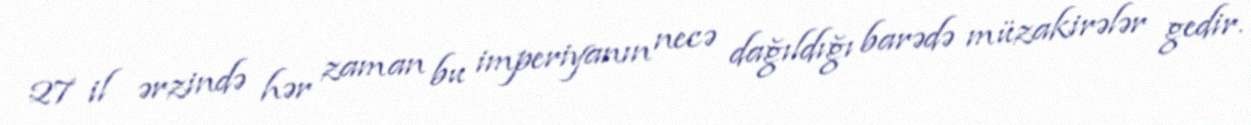
27 il ərzində hər zaman bu imperiyanın necə dağıldığı barədə müzakirələr gedir.